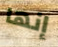
إنها